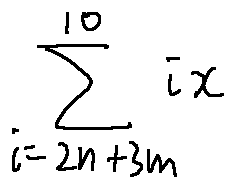
\sum \limits _ { i = 2 n + 3 m } ^ { 1 0 } i x